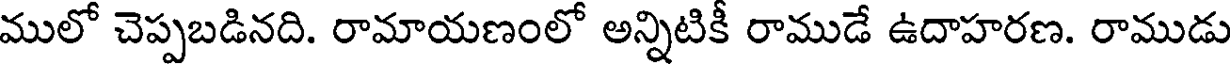
ములో చెప్పబడినది. రామాయణంలో అన్నిటికీ రాముడే ఉదాహరణ. రాముడు